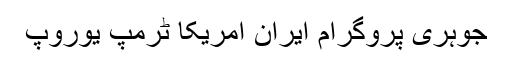
جوہری پروگرام ایران امریکا ٹرمپ یوروپ